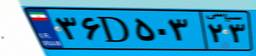
۸۰D۵۶۲۹۱